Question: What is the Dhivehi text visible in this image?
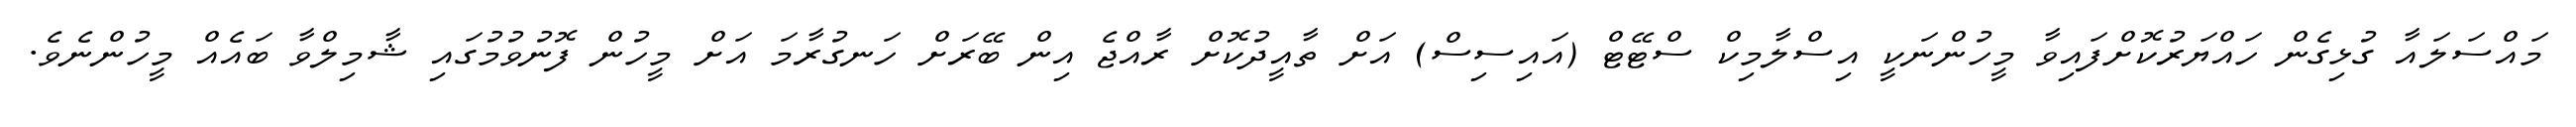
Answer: މައްސަލައާ ގުޅިގެން ހައްޔަރުކޮށްފައިވާ މީހުންނަކީ އިސްލާމިކް ސްޓޭޓް (އައިސިސް) އަށް ތާއީދުކޮށް ރާއްޖެ އިން ބޭރަށް ހަނގުރާމަ އަށް މީހުން ފޮނުވުމުގައި ޝާމިލްވާ ބައެއް މީހުންނެވެ.